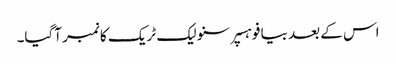
اس کے بعد بیا فو ہسپر سنو لیک ٹریک کا نمبر آگیا۔